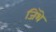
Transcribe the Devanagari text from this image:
जिथॆ